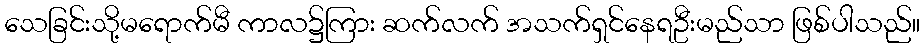
သေခြင်းသို့မရောက်မီ ကာလ၌ကြား ဆက်လက် အသက်ရှင်နေရဦးမည်သာ ဖြစ်ပါသည်။